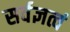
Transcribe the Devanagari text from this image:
सर्वज्ञत्वं